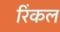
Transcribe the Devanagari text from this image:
रिंकल